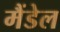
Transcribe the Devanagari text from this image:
मैंडेल